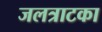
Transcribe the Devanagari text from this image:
जलत्राटका